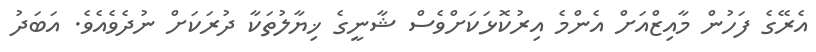
އެރޭގެ ފަހުން މާއިޒްއަށް އެންމެ އިރުކޮޅަކަށްވެސް ޝާނީގެ ޚިޔާލުތަކާ ދުރަކަށް ނުދެވެއެވެ. އަބަދު